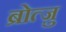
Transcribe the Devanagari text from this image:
ब्रोत्ज़ु